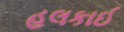
હલકાઈ